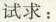
试求：